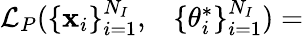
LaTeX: \begin{array}{rl}{\mathcal L_{P}(\{ \mathbf x_{i}\} _{i=1}^{N_{I}},}&{{}\{ \theta_{i}^{*}\} _{i=1}^{N_{I}})=}\end{array}